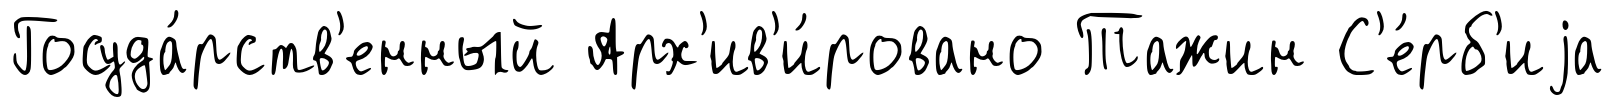
Госуда́рств'енный Арх'ив'и́ровано Тажин С'е́рб'иjа